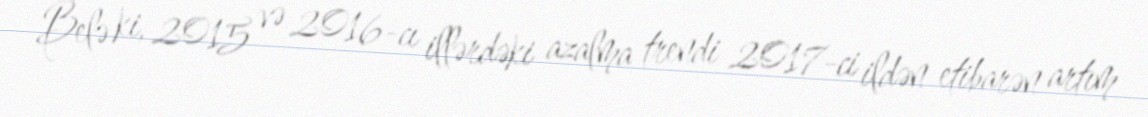
Belə ki, 2015 və 2016-cı illərdəki azalma trendi 2017-ci ildən etibarən artım